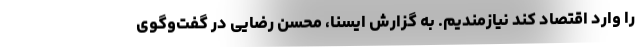
را وارد اقتصاد کند نیازمندیم. به گزارش ایسنا، محسن رضایی در گفت‌وگوی